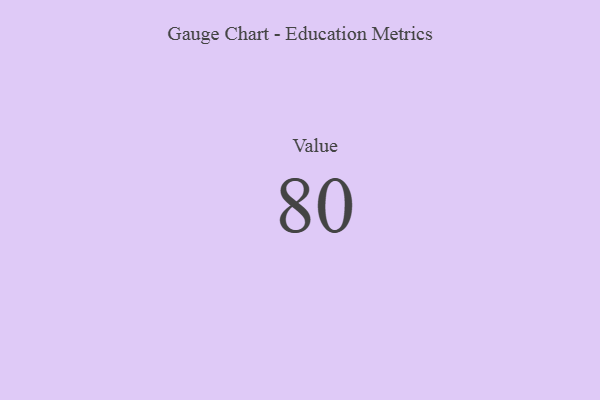
{"axis": {"x": "Metric", "y": "Value"}, "legend": [""], "data": [{"x": "Value", "y": 80, "type": ""}]}